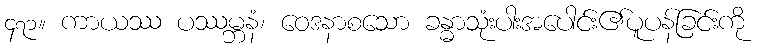
၄၇၁။ ကာယဿ ပဿမ္ဘနံ၊ ဝေဒနာစသော ခန္ဓာသုံးပါးအပေါင်း၏ပူပန်ခြင်းကို